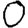
Digit: 0